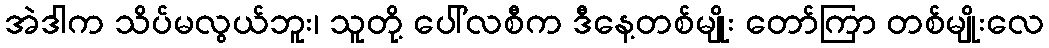
အဲဒါက သိပ်မလွယ်ဘူး၊ သူတို့ ပေါ်လစီက ဒီနေ့တစ်မျိုး တော်ကြာ တစ်မျိုးလေ